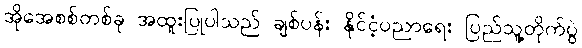
အိုအေစစ်တစ်ခု အထူးပြုပါသည် ချစ်ပန်း နိုင်ငံ့ပညာရေး ပြည်သူ့တိုက်ပွဲ